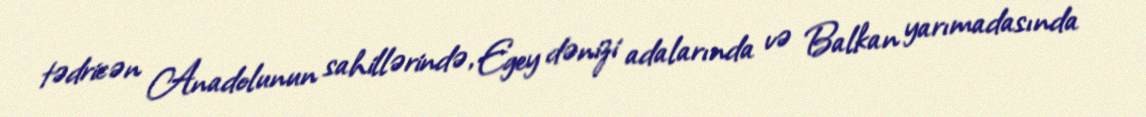
tədricən Anadolunun sahillərində, Egey dənizi adalarında və Balkan yarımadasında